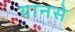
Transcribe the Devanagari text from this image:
यानसे